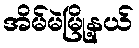
အိမ်မဲမြို့နယ်